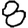
Digit: 8